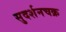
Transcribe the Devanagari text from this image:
सुदर्शनचक्र